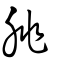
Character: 脁